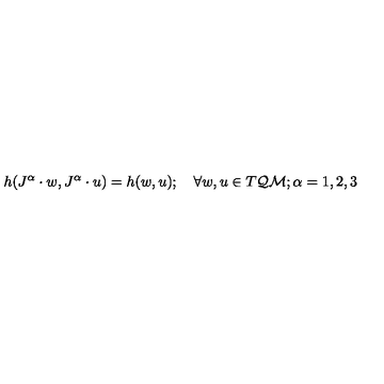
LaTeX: h ( J ^ { \alpha } \cdot w , J ^ { \alpha } \cdot u ) = h ( w , u ) ; \quad \forall w , u \in T { \cal Q M } ; \alpha = 1 , 2 , 3